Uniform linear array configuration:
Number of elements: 24
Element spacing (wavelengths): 0.25
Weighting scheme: hamming
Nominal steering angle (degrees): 0
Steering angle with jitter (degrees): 0.7789
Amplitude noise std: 0.05
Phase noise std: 0.05

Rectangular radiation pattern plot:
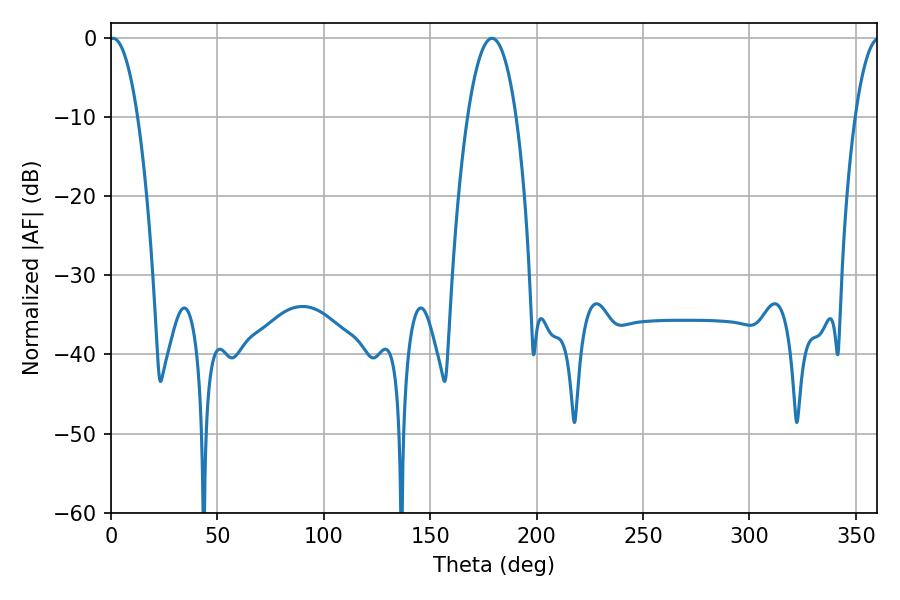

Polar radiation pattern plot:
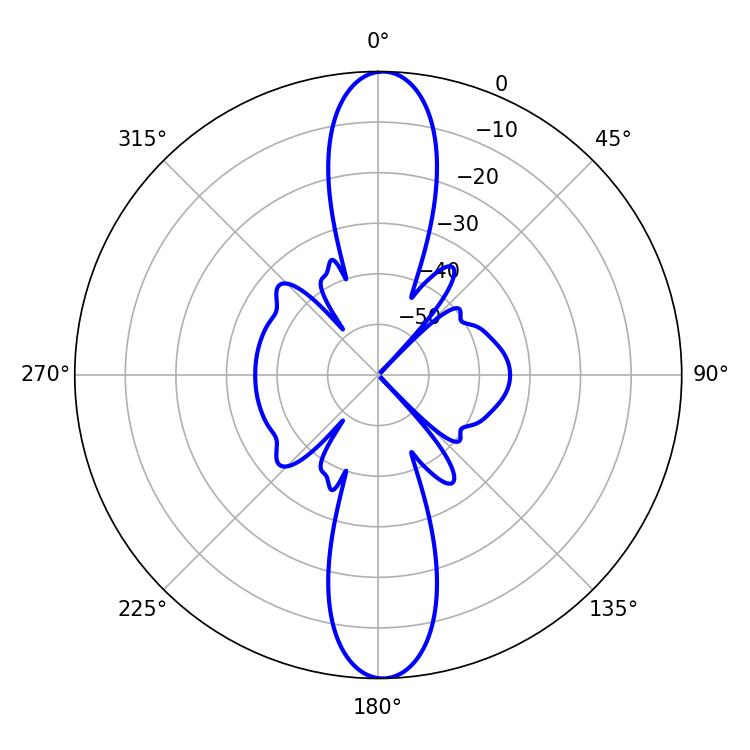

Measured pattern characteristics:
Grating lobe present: FALSE
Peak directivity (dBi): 23.757
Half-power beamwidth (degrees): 7.38
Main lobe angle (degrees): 0.9